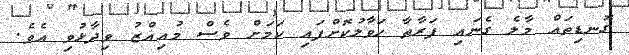
ގޮނޑިތައް މާލެ ގެނައި ފަރާތާ ހަވާލުކޮށްފައި ކަމަށް ވެސް މުއިއްޒު ވިދާޅުވި އެވެ.